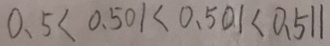
0 . 5 < 0 . 5 0 1 < 0 . 5 0 1 < 0 . 5 1 1